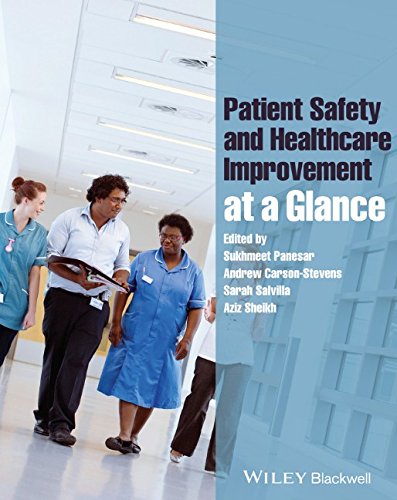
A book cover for Patient Safety and Healthcare Improvement at a Glance; Sukhmeet Panesar; Medical Books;